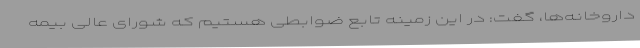
داروخانه‌ها، گفت: در این زمینه تابع ضوابطی هستیم که شورای عالی بیمه